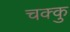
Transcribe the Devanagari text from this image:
चक्कु